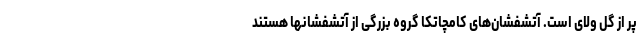
پر از گل ولای است. آتشفشان‌های کامچاتکا گروه بزرگی از آتشفشانها هستند